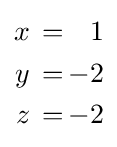
{\begin{alignedat}{2}x&\,=\,&1\\y&\,=\,&-2\\z&\,=\,&-2\end{alignedat}}